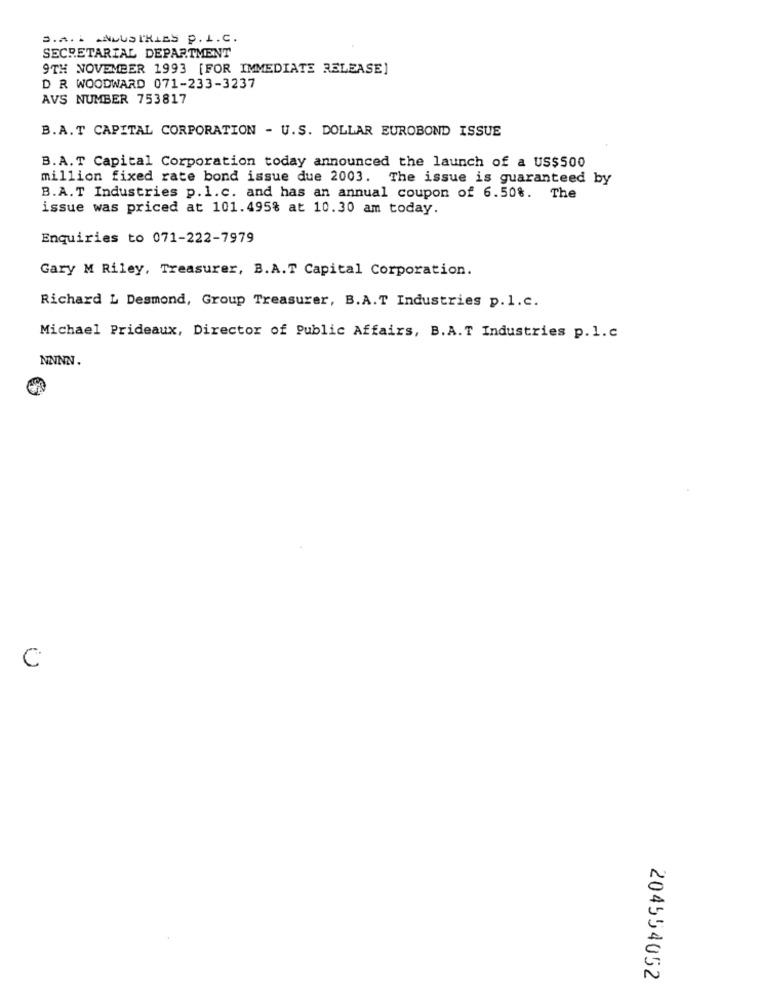
3.A. . ANDUSTRIES P. I.C.
SECRETARIAL DEPARTMENT
9TH NOVEMBER 1993 [FOR IMMEDIATE RELEASE]
D R WOODWARD 071-233-3237
AVS NUMBER 753817
B.A.T CAPITAL CORPORATION - U.S. DOLLAR EUROBOND ISSUE
B.A.T Capital Corporation today announced the launch of a US$500
million fixed rate bond issue due 2003. The issue is guaranteed by
B.A.T Industries p.l.c. and has an annual coupon of 6.50%. The
issue was priced at 101.495% at 10.30 am today.
Enquiries to 071-222-7979
Gary M Riley, Treasurer, B.A.T Capital Corporation.
Richard L Desmond, Group Treasurer, B.A.T Industries p.1.c.
Michael Prideaux, Director of Public Affairs, B.A.T Industries p. l.c
NNNN.
C
204554052